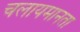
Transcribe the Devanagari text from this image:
चलायमानता